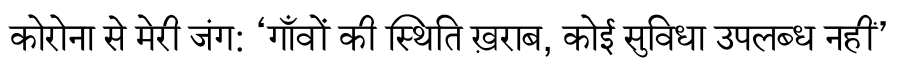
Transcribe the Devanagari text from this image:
कोरोना से मेरी जंग: ‘गाँवों की स्थिति ख़राब, कोई सुविधा उपलब्ध नहीं’